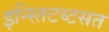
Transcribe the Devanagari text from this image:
इन्स्तिटय्टसत